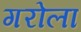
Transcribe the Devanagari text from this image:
गरोला